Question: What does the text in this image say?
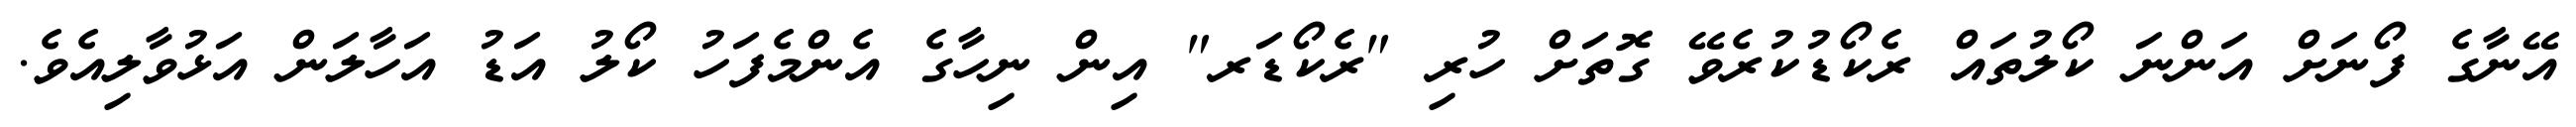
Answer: އޭނާގެ ފޯނަށް އަންނަ ކޯލުތައް ރެކޯޑުކުރެވޭ ގޮތަށް ހުރި "ރެކޯޑަރ" އިން ނިހާގެ އެންމެފަހު ކޯލު އަޑު އަހާލަން އަޅުވާލިއެވެ.